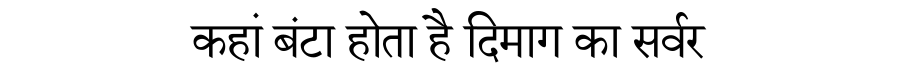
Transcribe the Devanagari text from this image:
कहां बंटा होता है दिमाग का सर्वर